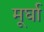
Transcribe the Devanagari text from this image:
मूर्घा